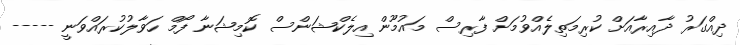
ދިއްގަރު ދާއިރާއަށް ކުރިމަތިލެއްވުމަށް ފާރިސް މައުމޫން އިލެކްޝަންސް ކޮމިޝަނާ ފޯމް ހަވާލުކުރައްވަނީ -----